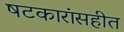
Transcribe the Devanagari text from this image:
षटकारांसहीत